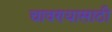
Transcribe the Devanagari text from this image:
चावण्यासाठी